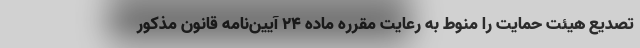
تصدیع هیئت حمایت را منوط به رعایت مقرره ماده ۲۴ آیین‌نامه قانون مذکور